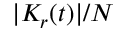
| K _ { r } ( t ) | / N